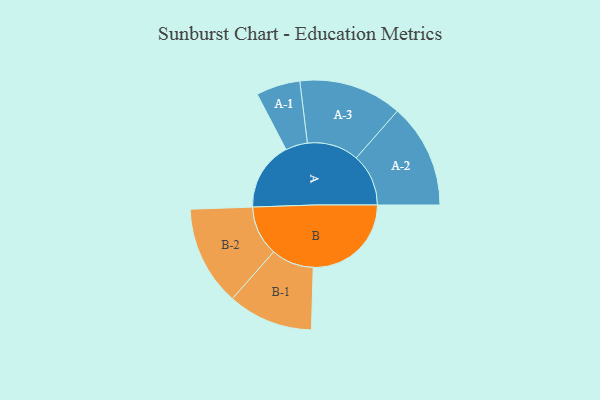
{"axis": {"x": "Segment", "y": "Value"}, "legend": ["", "A", "B"], "data": [{"x": "A", "y": 335, "type": ""}, {"x": "B", "y": 477, "type": ""}, {"x": "A-1", "y": 107, "type": "A"}, {"x": "A-2", "y": 254, "type": "A"}, {"x": "A-3", "y": 251, "type": "A"}, {"x": "B-1", "y": 207, "type": "B"}, {"x": "B-2", "y": 243, "type": "B"}]}